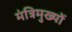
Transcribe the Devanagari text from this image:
मंत्रिमुख्यों